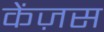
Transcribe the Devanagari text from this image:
केंज़स